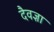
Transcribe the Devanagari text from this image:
दैवज्ञा